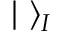
| \, \, \rangle _ { I }